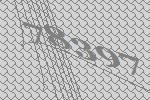
78397